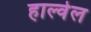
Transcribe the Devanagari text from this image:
हाल्वेल